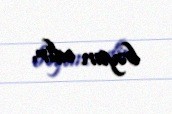
bəyan edir.